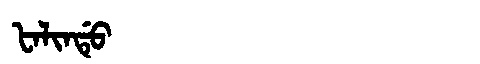
Manchu: ᡶᠠᠯᡳᠨᡩᡠ
Romanization: FALINDU